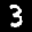
Label: 3